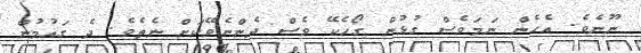
ނޫނެވެ. އެހެން ނަމަވެސް ގުޅުން ގޯހެކޭ ވެސް ދެންނެވޭކަށް ނެތެވެ. ދެ ގައުމުން